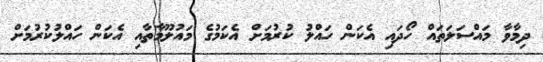
ދިމާވާ މައްސަލަތައް ހޯދައި އެކަން ހައްލު ކުރުމަށް އެކަމުގެ މައުލޫމާތާއި އެކަން ހައްލުކުރުމަށް